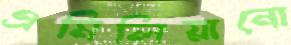
এমিলিয়ানো